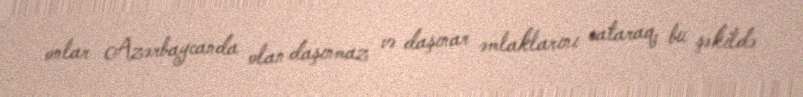
onlar Azərbaycanda olan daşınmaz və daşınar əmlaklarını sataraq, bu şəkildə